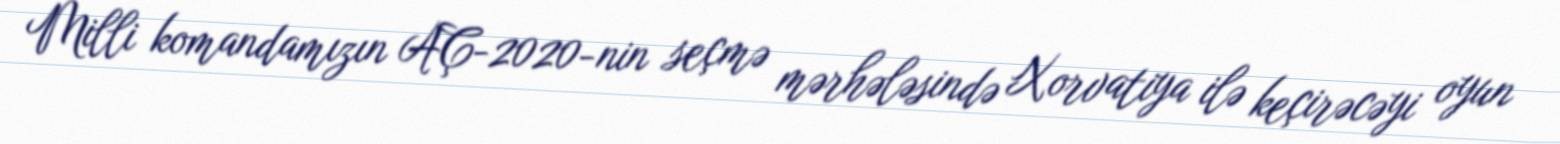
Milli komandamızın AÇ-2020-nin seçmə mərhələsində Xorvatiya ilə keçirəcəyi oyun